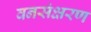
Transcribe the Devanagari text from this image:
वनसंक्षरण